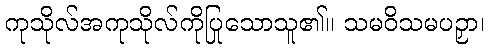
ကုသိုလ်အကုသိုလ်ကိုပြုသောသူ၏။ သမဝိသမပဉှာ၊